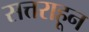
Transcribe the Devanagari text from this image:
सत्तराहून